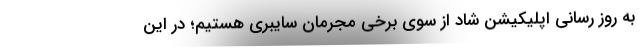
به روز رسانی اپلیکیشن شاد از سوی برخی مجرمان سایبری هستیم؛ در این